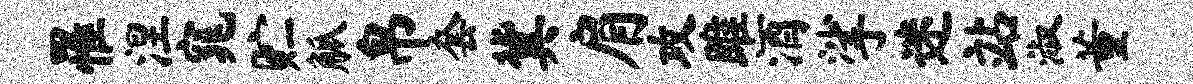
罹涅窕贮觚帛套冀肩攻雎酒挲迷站淑董